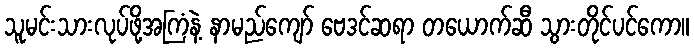
သူမင်းသားလုပ်ဖို့အကြံနဲ့ နာမည်ကျော် ဗေဒင်ဆရာ တယောက်ဆီ သွားတိုင်ပင်ကော။